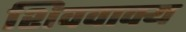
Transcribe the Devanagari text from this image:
शिववाक्य